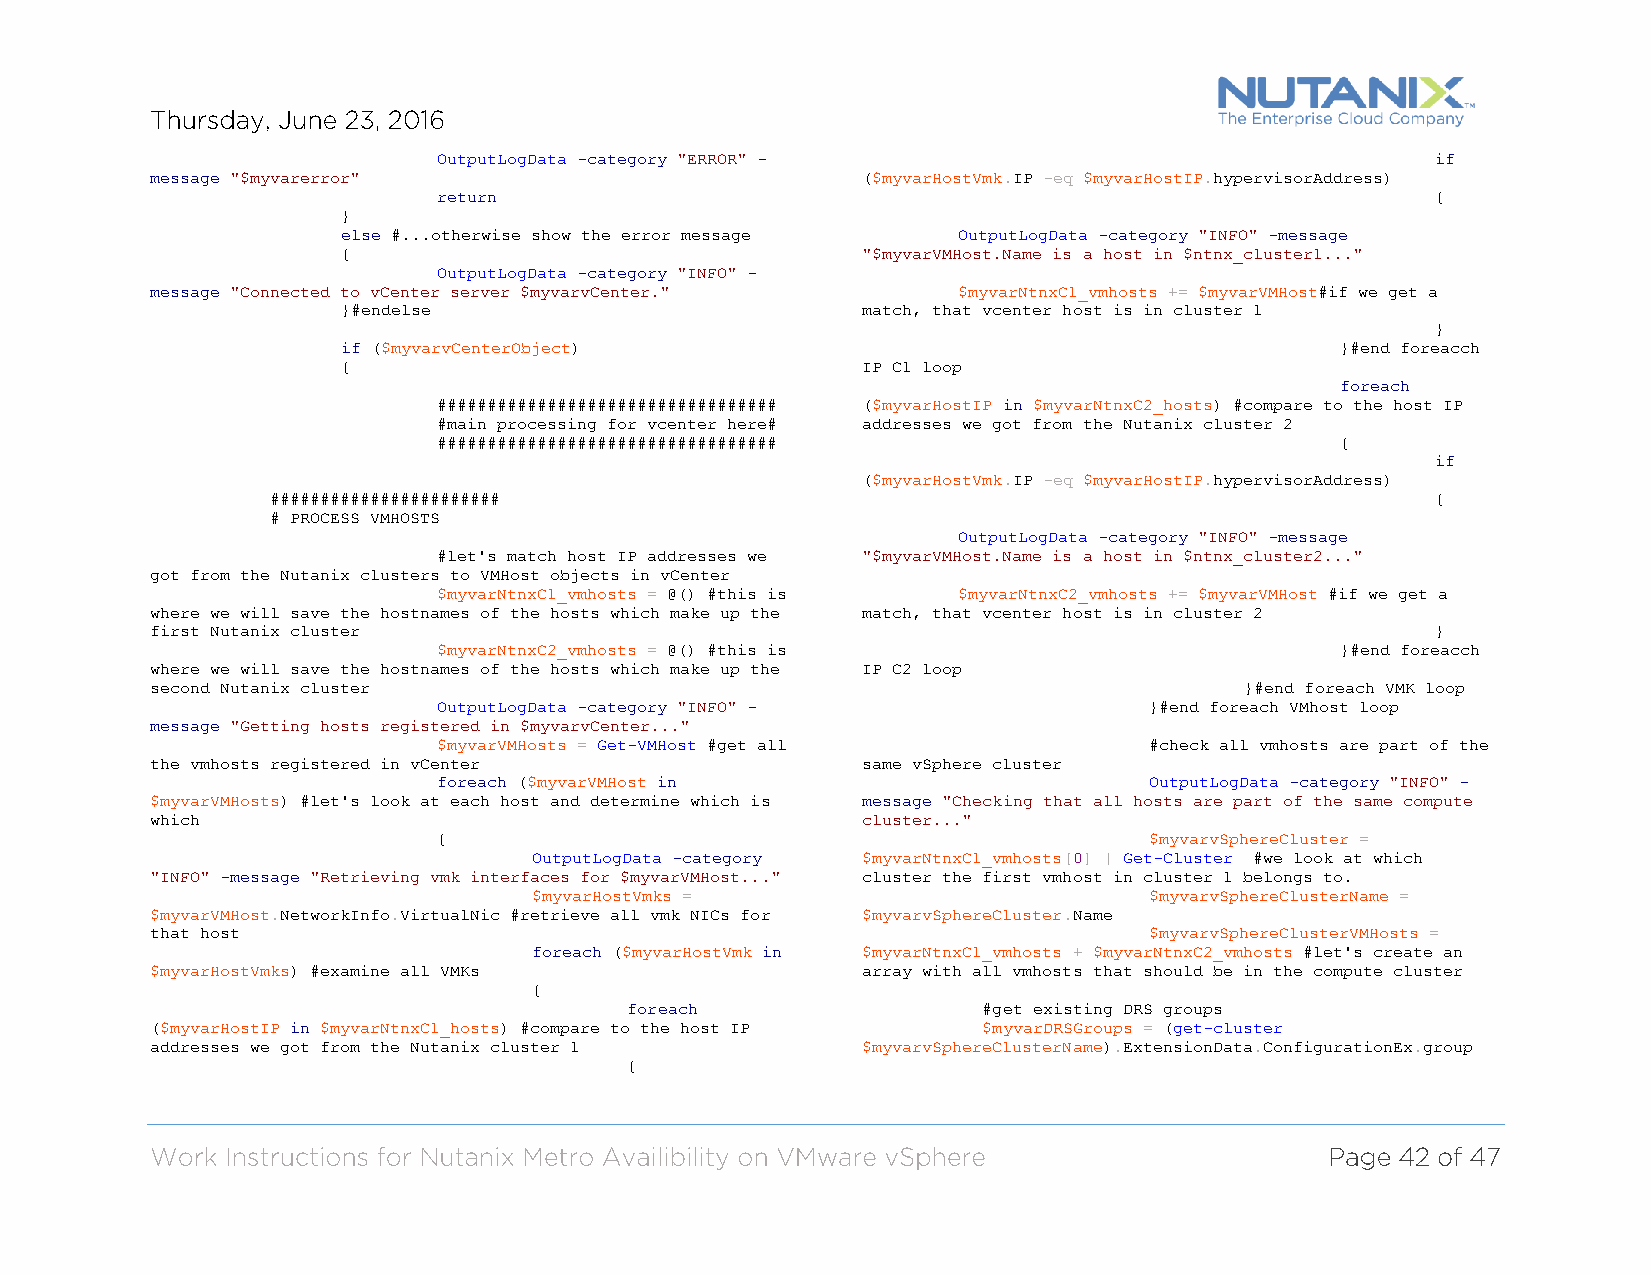
OutputLogData -category "ERROR" -                                 if
 message "$myvarerror"                          ($myvarHostVmk.IP -eq $myvarHostIP.hypervisorAddress)
 return                                                            {
 }
 else #...otherwise show the error message OutputLogData -category "INFO" -message
 {                                 "$myvarVMHost.Name is a host in $ntnx_cluster1..."
 OutputLogData -category "INFO" -
 message "Connected to vCenter server $myvarvCenter." $myvarNtnxC1_vmhosts += $myvarVMHost#if we get a
 }#endelse                         match, that vcenter host is in cluster 1
 }
 if ($myvarvCenterObject)                                          }#end foreacch
 {                                 IP C1 loop
 foreach
 ################################## ($myvarHostIP in $myvarNtnxC2_hosts) #compare to the host IP
 #main processing for vcenter here# addresses we got from the Nutanix cluster 2
 ##################################                          {
 if
 ($myvarHostVmk.IP -eq $myvarHostIP.hypervisorAddress)
 #######################                                                      {
 # PROCESS VMHOSTS
 OutputLogData -category "INFO" -message
 #let's match host IP addresses we "$myvarVMHost.Name is a host in $ntnx_cluster2..."
 got from the Nutanix clusters to VMHost objects in vCenter
 $myvarNtnxC1_vmhosts = @() #this is $myvarNtnxC2_vmhosts += $myvarVMHost #if we get a
 where we will save the hostnames of the hosts which make up the match, that vcenter host is in cluster 2
 first Nutanix cluster                                                                }
 $myvarNtnxC2_vmhosts = @() #this is                         }#end foreacch
 where we will save the hostnames of the hosts which make up the IP C2 loop
 second Nutanix cluster                                                  }#end foreach VMK loop
 OutputLogData -category "INFO" -               }#end foreach VMhost loop
 message "Getting hosts registered in $myvarvCenter..."
 $myvarVMHosts = Get-VMHost #get all            #check all vmhosts are part of the
 the vmhosts registered in vCenter              same vSphere cluster
 foreach ($myvarVMHost in                       OutputLogData -category "INFO" -
 $myvarVMHosts) #let's look at each host and determine which is message "Checking that all hosts are part of the same compute
 which                                          cluster..."
 {                                              $myvarvSphereCluster =
 OutputLogData -category $myvarNtnxC1_vmhosts[0] | Get-Cluster #we look at which
 "INFO" -message "Retrieving vmk interfaces for $myvarVMHost..." cluster the first vmhost in cluster 1 belongs to.
 $myvarHostVmks =                         $myvarvSphereClusterName =
 $myvarVMHost.NetworkInfo.VirtualNic #retrieve all vmk NICs for $myvarvSphereCluster.Name
 that host                                                         $myvarvSphereClusterVMHosts =
 foreach ($myvarHostVmk in $myvarNtnxC1_vmhosts + $myvarNtnxC2_vmhosts #let's create an
 $myvarHostVmks) #examine all VMKs              array with all vmhosts that should be in the compute cluster
 {
 foreach                #get existing DRS groups
 ($myvarHostIP in $myvarNtnxC1_hosts) #compare to the host IP $myvarDRSGroups = (get-cluster
 addresses we got from the Nutanix cluster 1    $myvarvSphereClusterName).ExtensionData.ConfigurationEx.group
 {